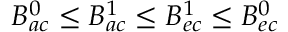
B _ { a c } ^ { 0 } \leq B _ { a c } ^ { 1 } \leq B _ { e c } ^ { 1 } \leq B _ { e c } ^ { 0 }